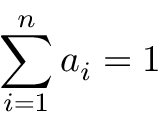
\sum _ { i = 1 } ^ { n } a _ { i } = 1